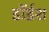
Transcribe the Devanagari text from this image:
डॉईश